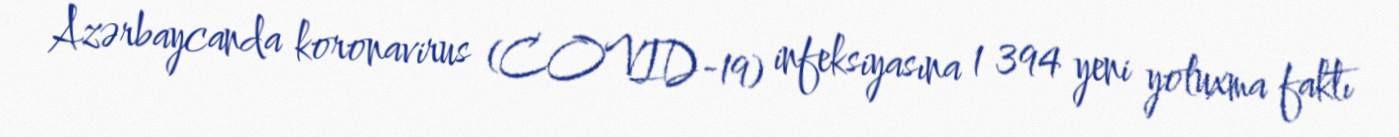
Azərbaycanda koronavirus (COVID-19) infeksiyasına 1 394 yeni yoluxma faktı